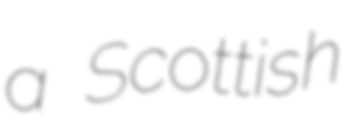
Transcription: a Scottish